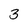
Character: 3